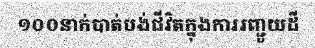
១០០នាក់បាត់បង់ជីវិតក្នុងការរញ្ជួយដី